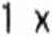
1 X